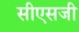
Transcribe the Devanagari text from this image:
सीएसजी